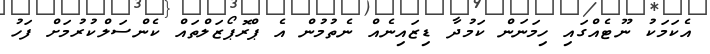
އެކަމަކު ނޫޓެއްގައި ހިމަނަން ކަމުދާ ޑިޒައިނެއް ނެތުމުން އެ ޕްރޮޕޯޒަލްތައް ކެންސަލްކުރުމަށް ފަހު